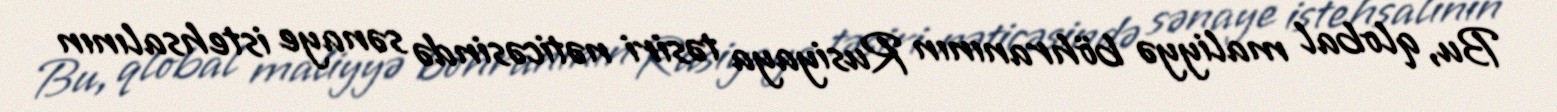
Bu, qlobal maliyyə böhranının Rusiyaya təsiri nəticəsində sənaye istehsalının